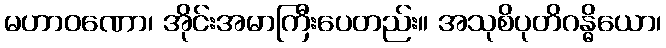
မဟာဝဏော၊ အိုင်းအမာကြီးပေတည်း။ အသုစိပုတိဂန္ဓိယော၊